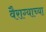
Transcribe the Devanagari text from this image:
वैराग्याच्या